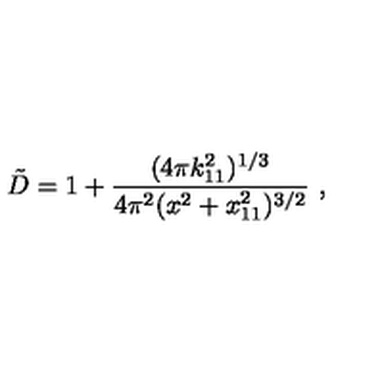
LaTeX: { \tilde { D } } = 1 + { \frac { ( 4 \pi k _ { 1 1 } ^ { 2 } ) ^ { 1 / 3 } } { 4 \pi ^ { 2 } ( x ^ { 2 } + x _ { 1 1 } ^ { 2 } ) ^ { 3 / 2 } } } \ ,